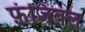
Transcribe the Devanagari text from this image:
फ़ंजिबल